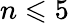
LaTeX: n\leqslant 5